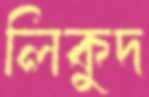
লিকুদ